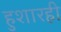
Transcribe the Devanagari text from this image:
हुशारही